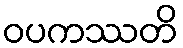
ဝပကဿတိ